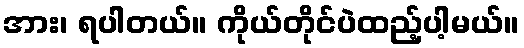
အား၊ ရပါတယ်။ ကိုယ်တိုင်ပဲထည့်ပါ့မယ်။